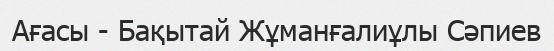
Ағасы - Бақытай Жұманғалиұлы Сәпиев